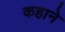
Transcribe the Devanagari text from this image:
कहाने